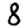
Digit: 8